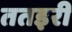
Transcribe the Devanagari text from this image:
ततइरी